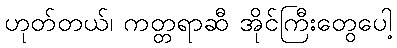
ဟုတ်တယ်၊ ကတ္တရာဆီ အိုင်ကြီးတွေပေါ့